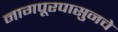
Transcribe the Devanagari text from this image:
नागपूरपासुनचे